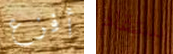
أفزع ستقام